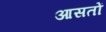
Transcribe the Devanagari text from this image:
आसतों